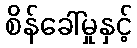
စိန်ခေါ်မှုနှင့်